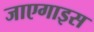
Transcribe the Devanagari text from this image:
जाएगाइस